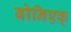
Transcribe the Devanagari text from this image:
बोनिएक्